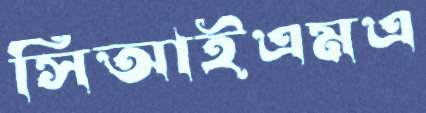
সিআইএমএ